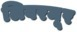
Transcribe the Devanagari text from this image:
लिवरमूर